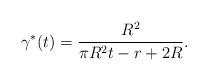
LaTeX: \begin{align*}\gamma^\ast(t)=\frac{R^2}{\pi R^2 t-r+2R}. \end{align*}